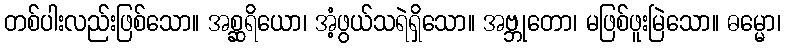
တစ်ပါးလည်းဖြစ်သော။ အစ္ဆရိယော၊ အံ့ဖွယ်သရဲရှိသော။ အဗ္ဘုတော၊ မဖြစ်ဖူးမြဲသော။ ဓမ္မော၊